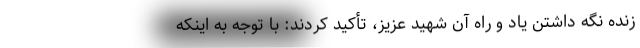
زنده نگه داشتن یاد و راه آن شهید عزیز، تأکید کردند: با توجه به اینکه